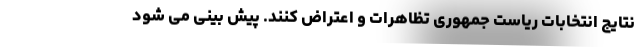
نتایج انتخابات ریاست جمهوری تظاهرات و اعتراض کنند. پیش بینی می شود